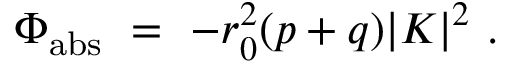
\Phi _ { \mathrm { a b s } } ~ = ~ - r _ { 0 } ^ { 2 } ( p + q ) | K | ^ { 2 } ~ .